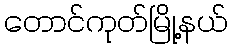
တောင်ကုတ်မြို့နယ်